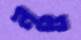
নম